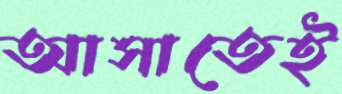
আসাতেই